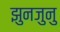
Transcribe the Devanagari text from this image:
झुनजुनु